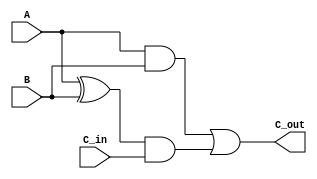
module CA_1(A,B,C_in,C_out);
   input A,B,C_in;
   output C_out;
   
   assign C_out = (A & B) | ((A ^ B) & C_in);
endmodule

module CA (A,B,C_in,C_out);
   parameter n = 1024;
   input [n-1:0] A;
   input [n-1:0] B;
   input C_in;
   output C_out;
   wire [n:0] carry;

   assign carry[0] = C_in;

   genvar i;

   for (i = 0; i < n; i = i + 1) begin
      CA_1 ca(A[i], B[i], carry[i], carry[i+1]);
   end

   assign C_out = carry[n];
endmodule